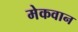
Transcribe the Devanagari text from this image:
मेकवान